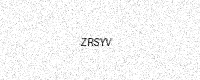
Text: ZRSYV